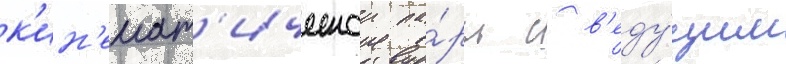
к'ин'емат'ическои па́ры с в'еду́щим